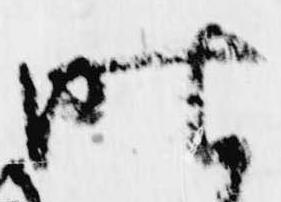
昨